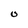
Character: o